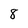
Character: 8